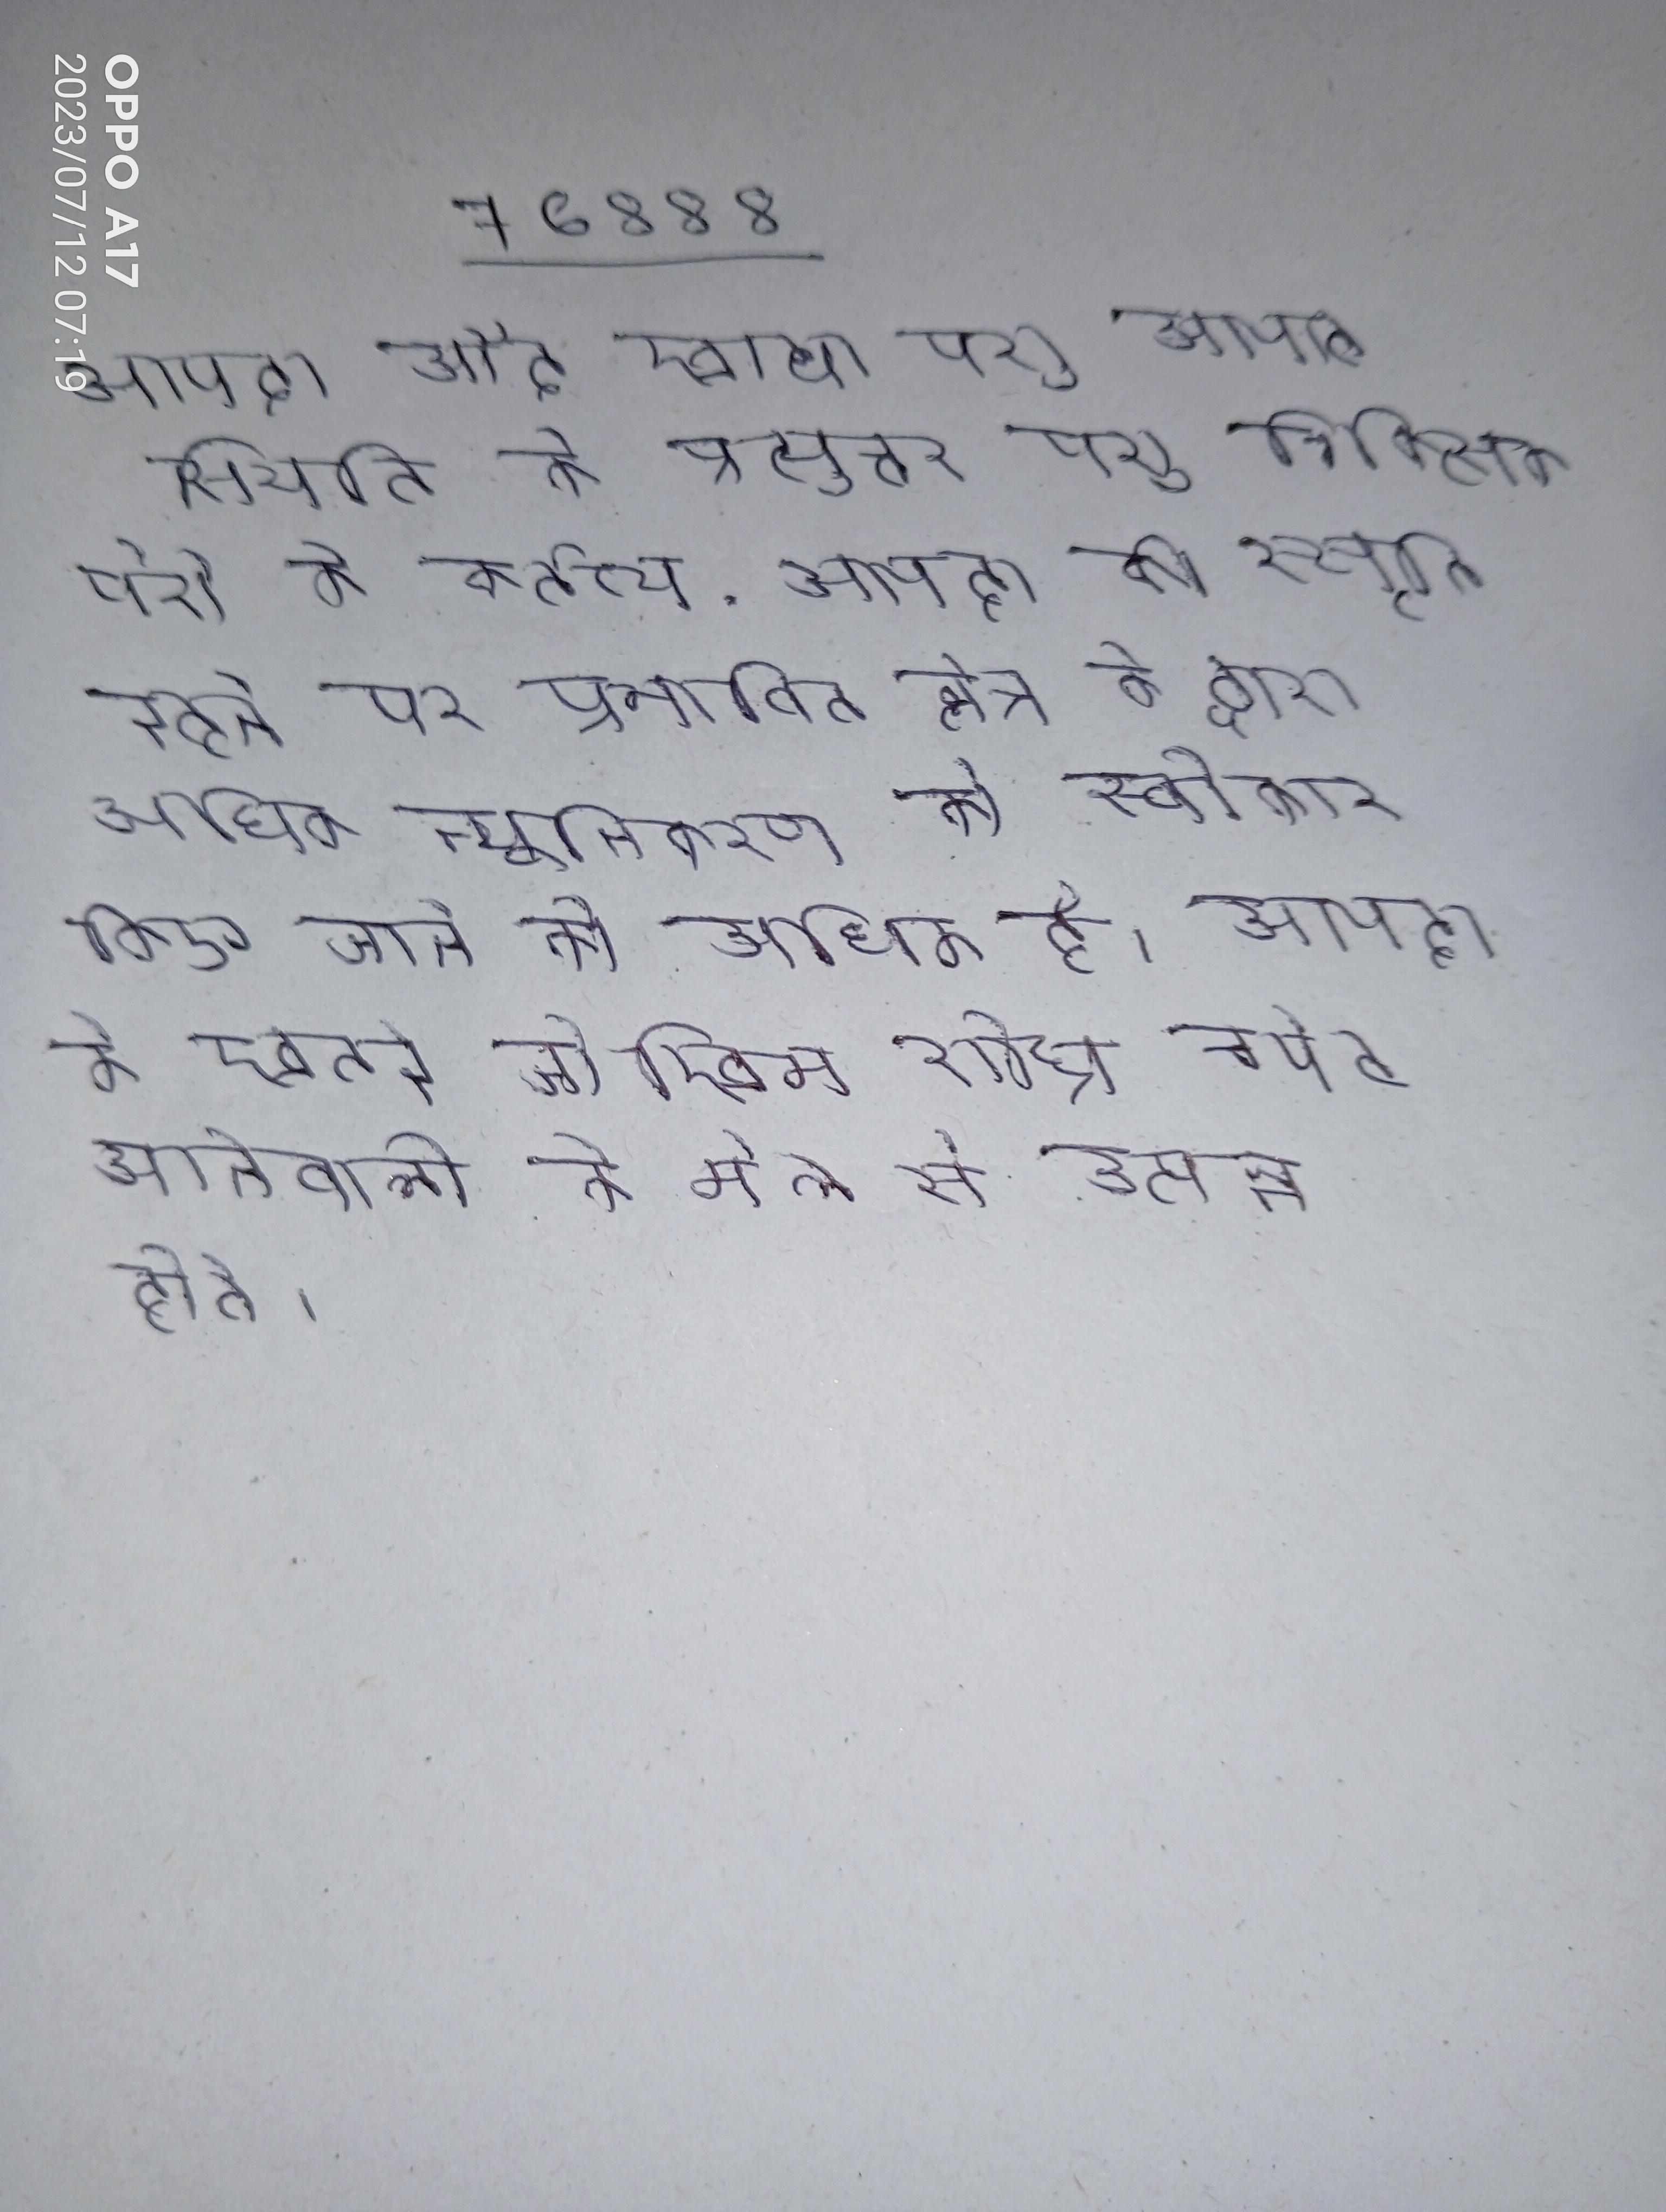
आपदा और खाद्य पशु आपात स्थिति के प्रत्युत्तर पशु चिकित्सक पेशे के कर्तव्य . आपदा की स्मृति रहने पर प्रभावित क्षेत्र के द्वारा अधिक न्यूनीकरण को स्वीकार किए जाने की अधिक है । आपदा के खतरे जोखिम शीघ्र चपेट आनेवाली के मेल से उत्पन्न होते ।